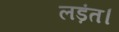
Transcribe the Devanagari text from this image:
लड़ंत।